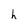
Character: h